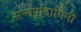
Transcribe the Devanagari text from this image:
सन्मार्गदायिनी